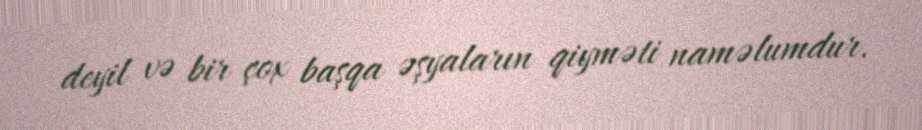
deyil və bir çox başqa əşyaların qiyməti naməlumdur.